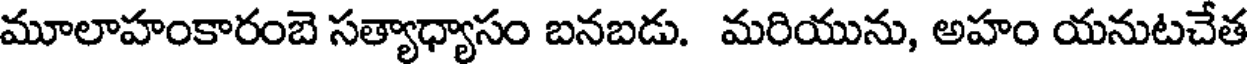
మూలాహంకారంబె సత్యాధ్యాసం బనబడు. మరియును, అహం యనుటచేత